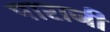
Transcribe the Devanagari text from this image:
पाराजी